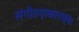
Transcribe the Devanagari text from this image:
संगीतप्रकारांच्या